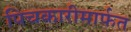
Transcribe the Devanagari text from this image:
पिचकारीमार्फत